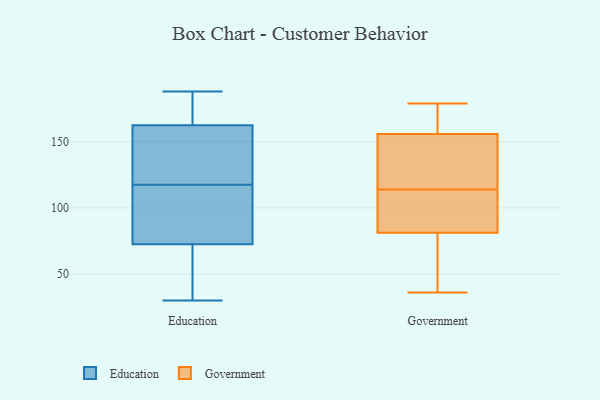
{"axis": {"x": "Page Views", "y": "Value"}, "legend": ["Education", "Government"], "data": [{"x": "", "y": 100, "type": "Education"}, {"x": "", "y": 67, "type": "Education"}, {"x": "", "y": 90, "type": "Education"}, {"x": "", "y": 158, "type": "Education"}, {"x": "", "y": 135, "type": "Education"}, {"x": "", "y": 166, "type": "Education"}, {"x": "", "y": 182, "type": "Education"}, {"x": "", "y": 188, "type": "Education"}, {"x": "", "y": 156, "type": "Education"}, {"x": "", "y": 30, "type": "Education"}, {"x": "", "y": 95, "type": "Education"}, {"x": "", "y": 159, "type": "Education"}, {"x": "", "y": 72, "type": "Education"}, {"x": "", "y": 170, "type": "Education"}, {"x": "", "y": 72, "type": "Education"}, {"x": "", "y": 73, "type": "Education"}, {"x": "", "y": 120, "type": "Government"}, {"x": "", "y": 179, "type": "Government"}, {"x": "", "y": 57, "type": "Government"}, {"x": "", "y": 166, "type": "Government"}, {"x": "", "y": 80, "type": "Government"}, {"x": "", "y": 156, "type": "Government"}, {"x": "", "y": 85, "type": "Government"}, {"x": "", "y": 95, "type": "Government"}, {"x": "", "y": 41, "type": "Government"}, {"x": "", "y": 69, "type": "Government"}, {"x": "", "y": 36, "type": "Government"}, {"x": "", "y": 179, "type": "Government"}, {"x": "", "y": 173, "type": "Government"}, {"x": "", "y": 128, "type": "Government"}, {"x": "", "y": 130, "type": "Government"}, {"x": "", "y": 156, "type": "Government"}, {"x": "", "y": 102, "type": "Government"}, {"x": "", "y": 114, "type": "Government"}, {"x": "", "y": 92, "type": "Government"}]}